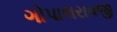
ગોપાલરાવજી